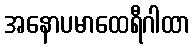
အနောပမာထေရီဂါထာ